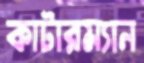
কাটারম্যান